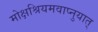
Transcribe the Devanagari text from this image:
मोक्षश्रियमवाप्नुयात्